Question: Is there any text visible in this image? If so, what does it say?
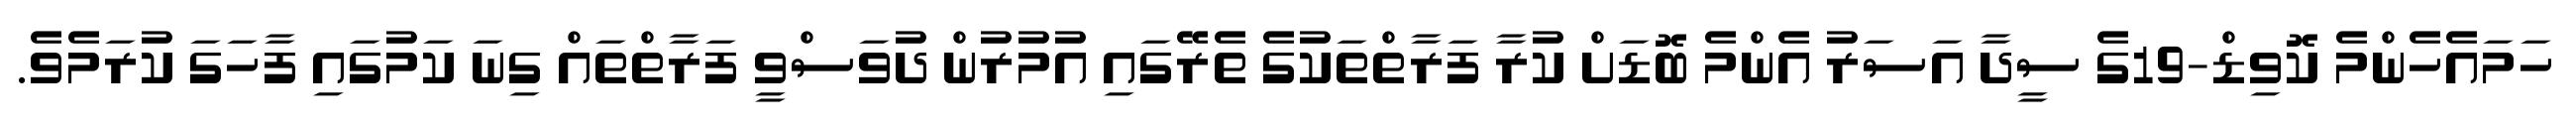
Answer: ހަމައެހެންމެ ކޮވިޑް-19ގެ ސީދާ އަސަރު އެންމެ ބޮޑަށް ކުރާ ފަރާތްތަކުގެ ތެރޭގައި އުމުރުން ދުވަސްވީ ފަރާތްތައް ގިނަ ކަމުގައި ފާހަގަ ކުރަމެވެ.